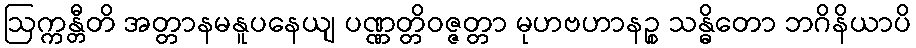
ဩက္ကန္တီတိ အတ္တာနမနူပနေယျ ပဏ္ဏတ္တိဝဇ္ဇတ္တာ မုဟဗဟာနဉ္စ သန္ဓိတော ဘဂိနိယာပိ